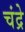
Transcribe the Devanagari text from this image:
चंद्रे